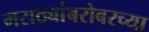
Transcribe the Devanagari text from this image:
मराठ्यांबरोबरच्या